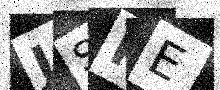
Text: JSPE